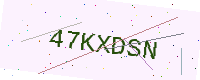
Text: 47KXDSN